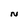
Character: N